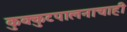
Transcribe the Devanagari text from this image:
कुक्कुटपालनाचाही